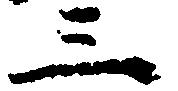
三